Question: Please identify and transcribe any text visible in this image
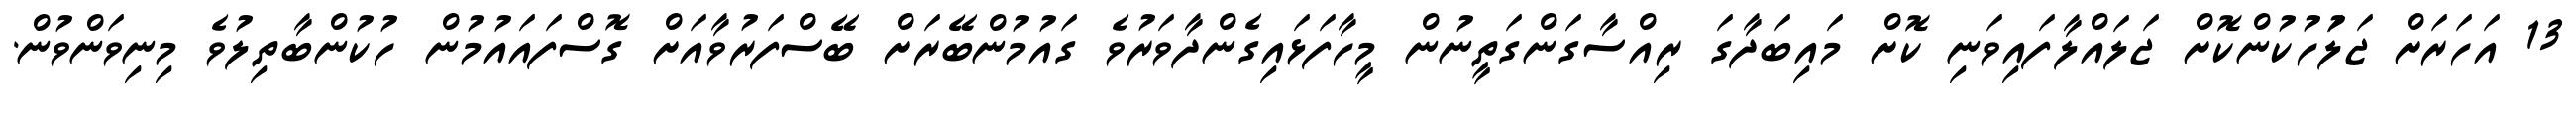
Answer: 13 އަހަރަށް ޖަލަުހުކުންކޮށް ޖަލައްލާފައިވަނި ކޮށް މައިބަދާގަ ރިއްސާގަންގަތީނުން މީހާފަޅައިގެންދާވަރުވެ ގައުމުންބޭރަށް ބޭސްފަރުވާއަށް ގޮސްފައައުމުން ހުކުންބާތިލުވެ މިނިވަންވުން.